Civil Veterinary Department. United Provinces 1912-22 - 1912-1922
Year: 1912
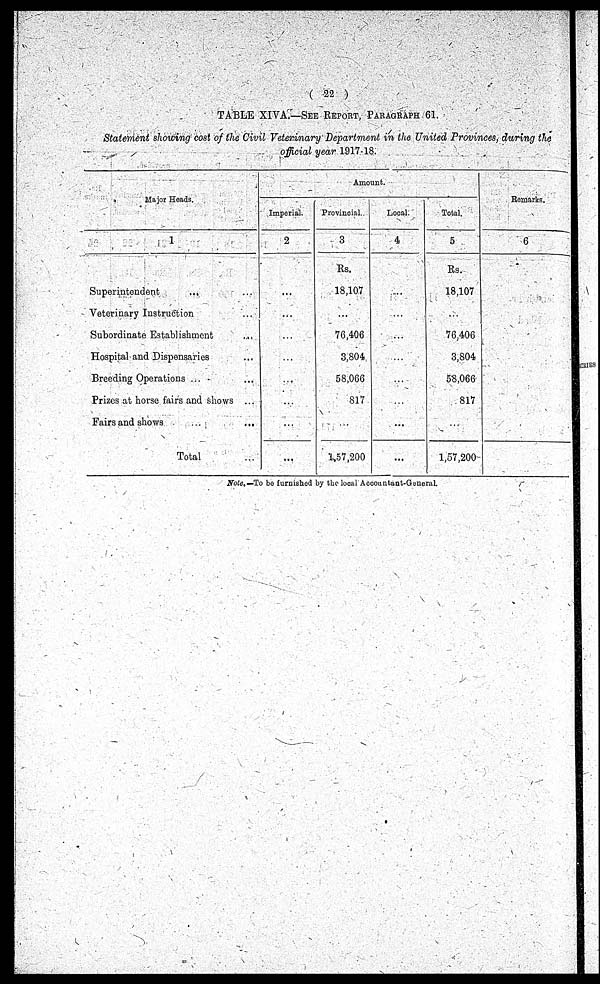
(22)
TABLE XIVA.—See Report Paragraph 61.
Statement showing cost of the Civil Veterinary Department in the United Provinces, during the
official year 1917-18.
Major Heads.
1
Superintendent
...
Veterinary Instruction ...
Subordinate Establishment ...
Hospital and Dispensaries ...
Breeding Operations ...
Prizes at horse fairs and shows ...
Fairs and shows
...
...
Total ...
Amount.
Imperial.
2
...
...
...
...
...
...
...
...
Provincial.
3
Rs.
18,107
...
76,406
3,804
58,066
87
...
1,57,200
Local.
4
...
...
...
...
...
...
...
...
Total.
5
Rs.
18,107
...
76,406
3,804
58,066
817
...
1,57,200
Remarks.
6
Note.—To be furnished by the local Accountant-General.